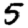
Digit: 5